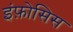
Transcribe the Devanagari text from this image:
इंफ़ोसिस